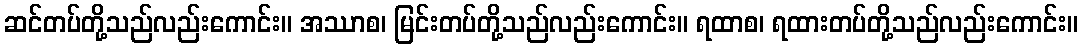
ဆင်တပ်တို့သည်လည်းကောင်း။ အဿာစ၊ မြင်းတပ်တို့သည်လည်းကောင်း။ ရထာစ၊ ရထားတပ်တို့သည်လည်းကောင်း။